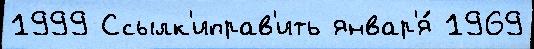
1999 Ссылк'иправ'ить январ'я́ 1969